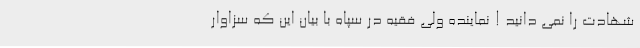
شهادت را نمی دانید ! نماینده ولی فقیه در سپاه با بیان این که سزاوار